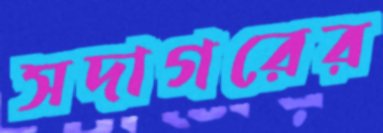
সদাগরের